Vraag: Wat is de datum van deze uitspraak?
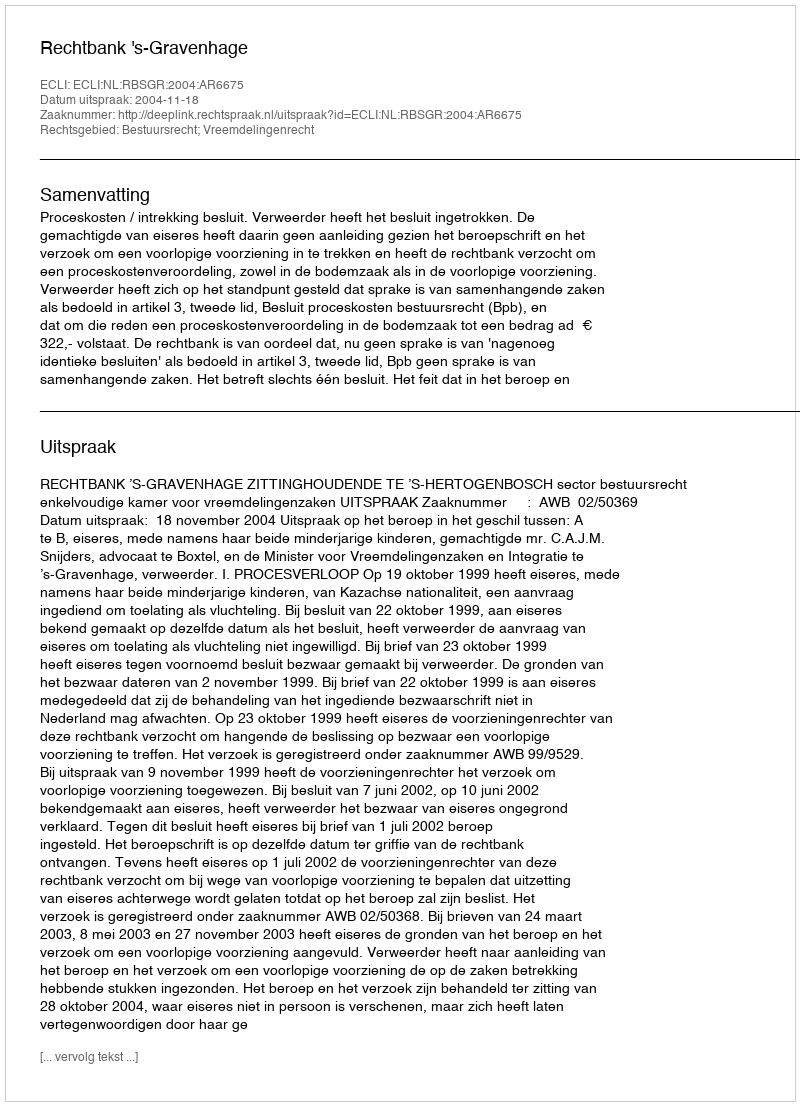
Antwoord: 2004-11-18